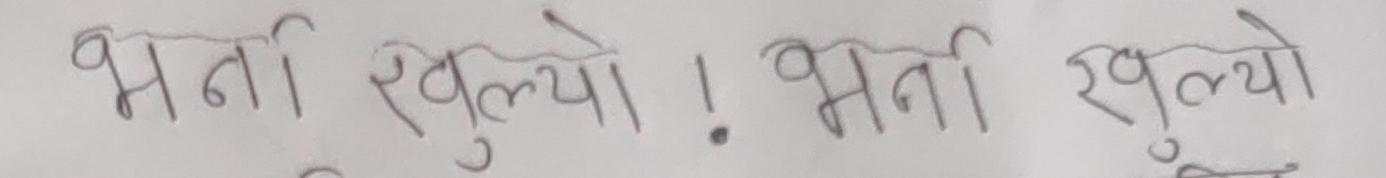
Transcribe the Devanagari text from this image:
भर्ना खुल्यो! भर्ना खुल्यो